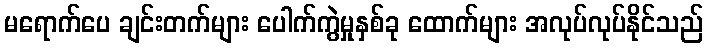
မရောက်ပေ ချင်းတက်များ ပေါက်ကွဲမှုနှစ်ခု ထောက်များ အလုပ်လုပ်နိုင်သည်